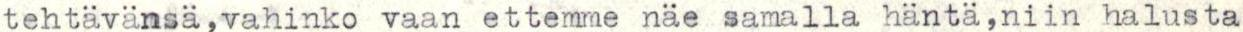
tehtävänsä,vahinko vaan ettemme näe samalla häntä,niin halusta